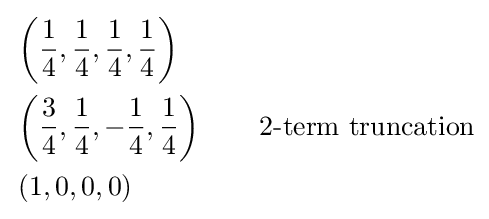
{\begin{aligned}&\left({\frac {1}{4}},{\frac {1}{4}},{\frac {1}{4}},{\frac {1}{4}}\right)\\&\left({\frac {3}{4}},{\frac {1}{4}},-{\frac {1}{4}},{\frac {1}{4}}\right)\qquad {\text{2-term truncation}}\\&\left(1,0,0,0\right)\end{aligned}}